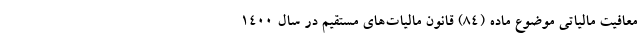
معافیت مالیاتی موضوع ماده (۸۴) قانون مالیات‌های مستقیم در سال ۱۴۰۰